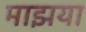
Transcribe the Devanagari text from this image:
माझया